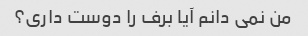
من نمی دانم آیا برف را دوست داری؟